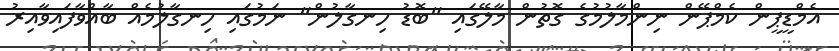
އެމްޑީޕީން ކެމްޕޭން ނިންމާލުމުގެ ގޮތުން މާލޭގައި "ބޮޑު ހިނގާލުން" ނަމުގައި ހިނގާލުމެއް ބާއްވާފައިވާއިރު